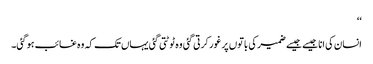
‘‘
انسان کی انا جیسے جیسے ضمیر کی باتوں پر غور کرتی گئی وہ ٹوٹتی گئی یہاں تک کہ وہ غائب ہوگئی۔